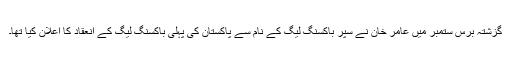
گزشتہ برس ستمبر میں عامر خان نے سپر باکسنگ لیگ کے نام سے پاکستان کی پہلی باکسنگ لیگ کے انعقاد کا اعلان کیا تھا۔